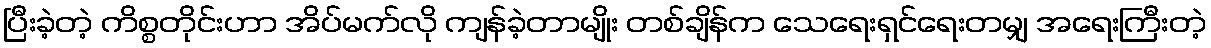
ပြီးခဲ့တဲ့ ကိစ္စတိုင်းဟာ အိပ်မက်လို ကျန်ခဲ့တာမျိုး တစ်ချိန်က သေရေးရှင်ရေးတမျှ အရေးကြီးတဲ့